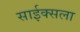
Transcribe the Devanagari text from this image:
साईक्सला